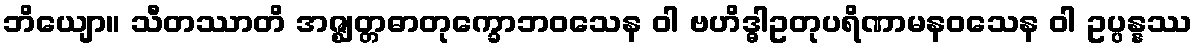
ဘိယျော။ သီတဿာတိ အဇ္ဈတ္တဓာတုက္ခောဘဝသေန ဝါ ဗဟိဒ္ဓါဥတုပရိဏာမနဝသေန ဝါ ဥပ္ပန္နဿ